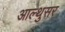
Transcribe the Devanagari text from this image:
आल्थुसर